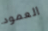
العمود